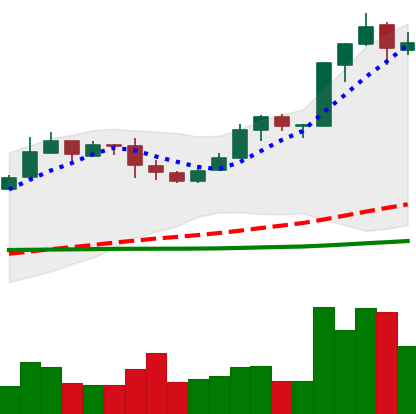
Ticker: BNB-USD
Chart end date: 2019-03-09
Forward return: 3.331%
Label: up_3_5